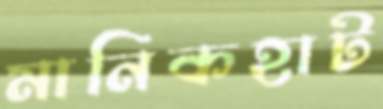
মানিকহাট